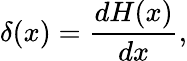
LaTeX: \delta(x)={\frac{dH(x)}{dx}},